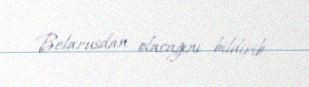
Belarusdan olacağını bildirib.